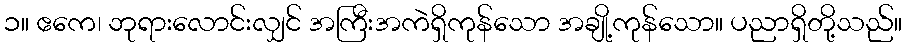
၁။ ဧကေ၊ ဘုရားလောင်းလျှင် အကြီးအကဲရှိကုန်သော အချို့ကုန်သော။ ပညာရှိတို့သည်။